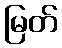
မြတ်